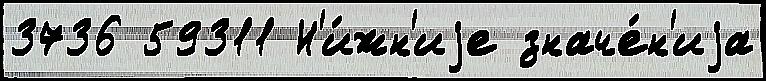
3736 59311 Н'и́жн'иjе значе́н'иjа